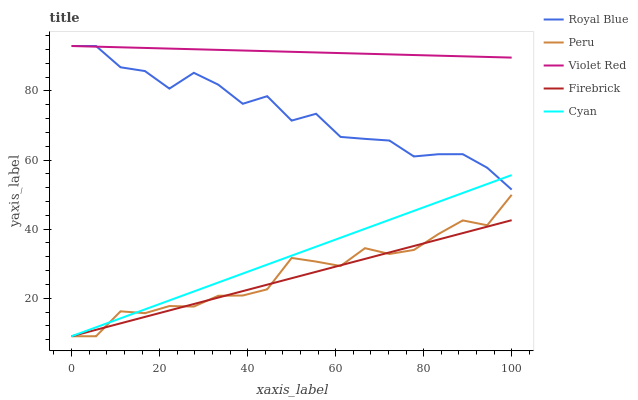
| xaxis_label | Royal Blue | Peru | Violet Red | Firebrick | Cyan |
 | --- | --- | --- | --- | --- | --- |
 | 0 | 93 | 9 | 93 | 9 | 9 |
 | 5.56 | 93 | 9 | 92.8 | 10.9 | 11.6 |
 | 11.1 | 86.8 | 16.2 | 92.6 | 12.7 | 14.2 |
 | 16.7 | 85.8 | 15.7 | 92.4 | 14.6 | 16.8 |
 | 22.2 | 80.7 | 17.7 | 92.3 | 16.5 | 19.4 |
 | 27.8 | 85.2 | 17.6 | 92.1 | 18.3 | 22 |
 | 33.3 | 81.8 | 20.7 | 91.9 | 20.2 | 24.5 |
 | 38.9 | 76.3 | 20.8 | 91.7 | 22.1 | 27.1 |
 | 44.4 | 78.5 | 22.6 | 91.5 | 23.9 | 29.7 |
 | 50 | 71.4 | 31.7 | 91.3 | 25.8 | 32.3 |
 | 55.6 | 73.4 | 30.6 | 91.1 | 27.7 | 34.9 |
 | 61.1 | 66.7 | 29.3 | 91 | 29.5 | 37.5 |
 | 66.7 | 66.1 | 34.5 | 90.8 | 31.4 | 40.1 |
 | 72.2 | 65.6 | 32.8 | 90.6 | 33.3 | 42.7 |
 | 77.8 | 61 | 34 | 90.4 | 35.1 | 45.3 |
 | 83.3 | 61.7 | 38.6 | 90.2 | 37 | 47.9 |
 | 88.9 | 61.7 | 42.5 | 90 | 38.9 | 50.5 |
 | 94.4 | 57.8 | 41.1 | 89.8 | 40.7 | 53.1 |
 | 100 | 51.4 | 49.9 | 89.6 | 42.6 | 55.6 |